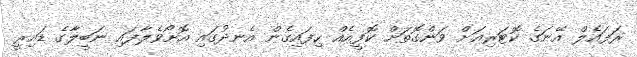
ރަފައެލް އޭނަގެ ކޮޓަރިއަށް ވަންގޮތަށް ކޮފީއެއް ހިފައިގެން އެނދުގައި އޮށޯވެލާފައި ނަބީލާގެ ޑައިރީ